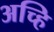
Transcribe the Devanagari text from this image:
अच्हि